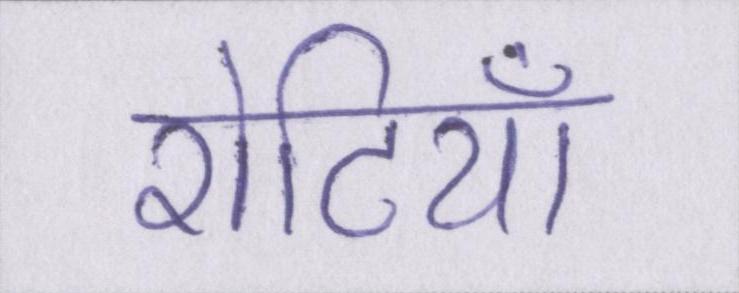
रोटियाँ